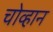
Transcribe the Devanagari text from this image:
चोव्हान